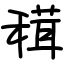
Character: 穁